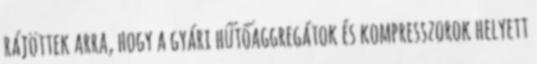
rájöttek arra, hogy a gyári hűtőaggregátok és kompresszorok helyett